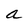
Character: a